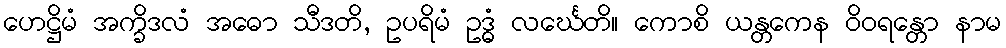
ဟေဋ္ဌိမံ အက္ခိဒလံ အဓော သီဒတိ, ဥပရိမံ ဥဒ္ဓံ လင်္ဃေတိ။ ကောစိ ယန္တကေန ဝိဝရန္တော နာမ